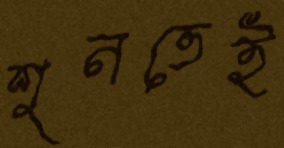
শুনতেই